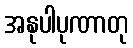
အနုပါပုဏာတု